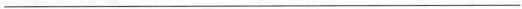
___